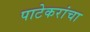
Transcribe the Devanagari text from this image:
पाटेकरांचा